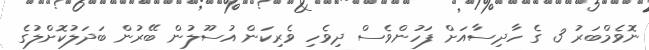
ނޮވެމްބަރު 3 ގެ ހާދިސާއަށް ފަހުންވެސް ދިވެހި ވެރިކަން އުސޫލުން ބޭރުން ބަދަލުކޮށްލުގެ